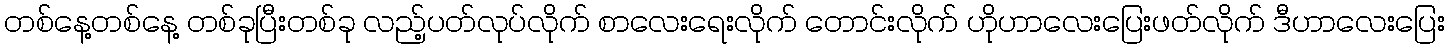
တစ်နေ့တစ်နေ့ တစ်ခုပြီးတစ်ခု လည့်ပတ်လုပ်လိုက် စာလေးရေးလိုက် တောင်းလိုက် ဟိုဟာလေးပြေးဖတ်လိုက် ဒီဟာလေးပြေး